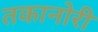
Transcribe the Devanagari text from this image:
तकानोरी